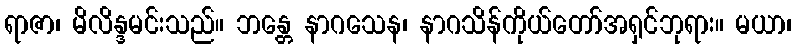
ရာဇာ၊ မိလိန္ဒမင်းသည်။ ဘန္တေ နာဂသေန၊ နာဂသိန်ကိုယ်တော်အရှင်ဘုရား။ မယာ၊